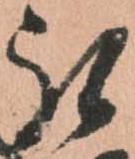
被